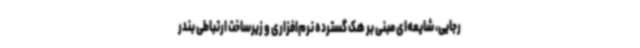
رجایی، شایعه‌ای مبنی بر هک گسترده نرم‌افزاری و زیرساخت ارتباطی بندر